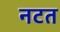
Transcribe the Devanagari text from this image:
नटत